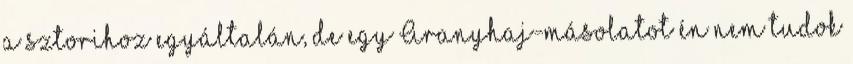
a sztorihoz egyáltalán, de egy Aranyhaj-másolatot én nem tudok